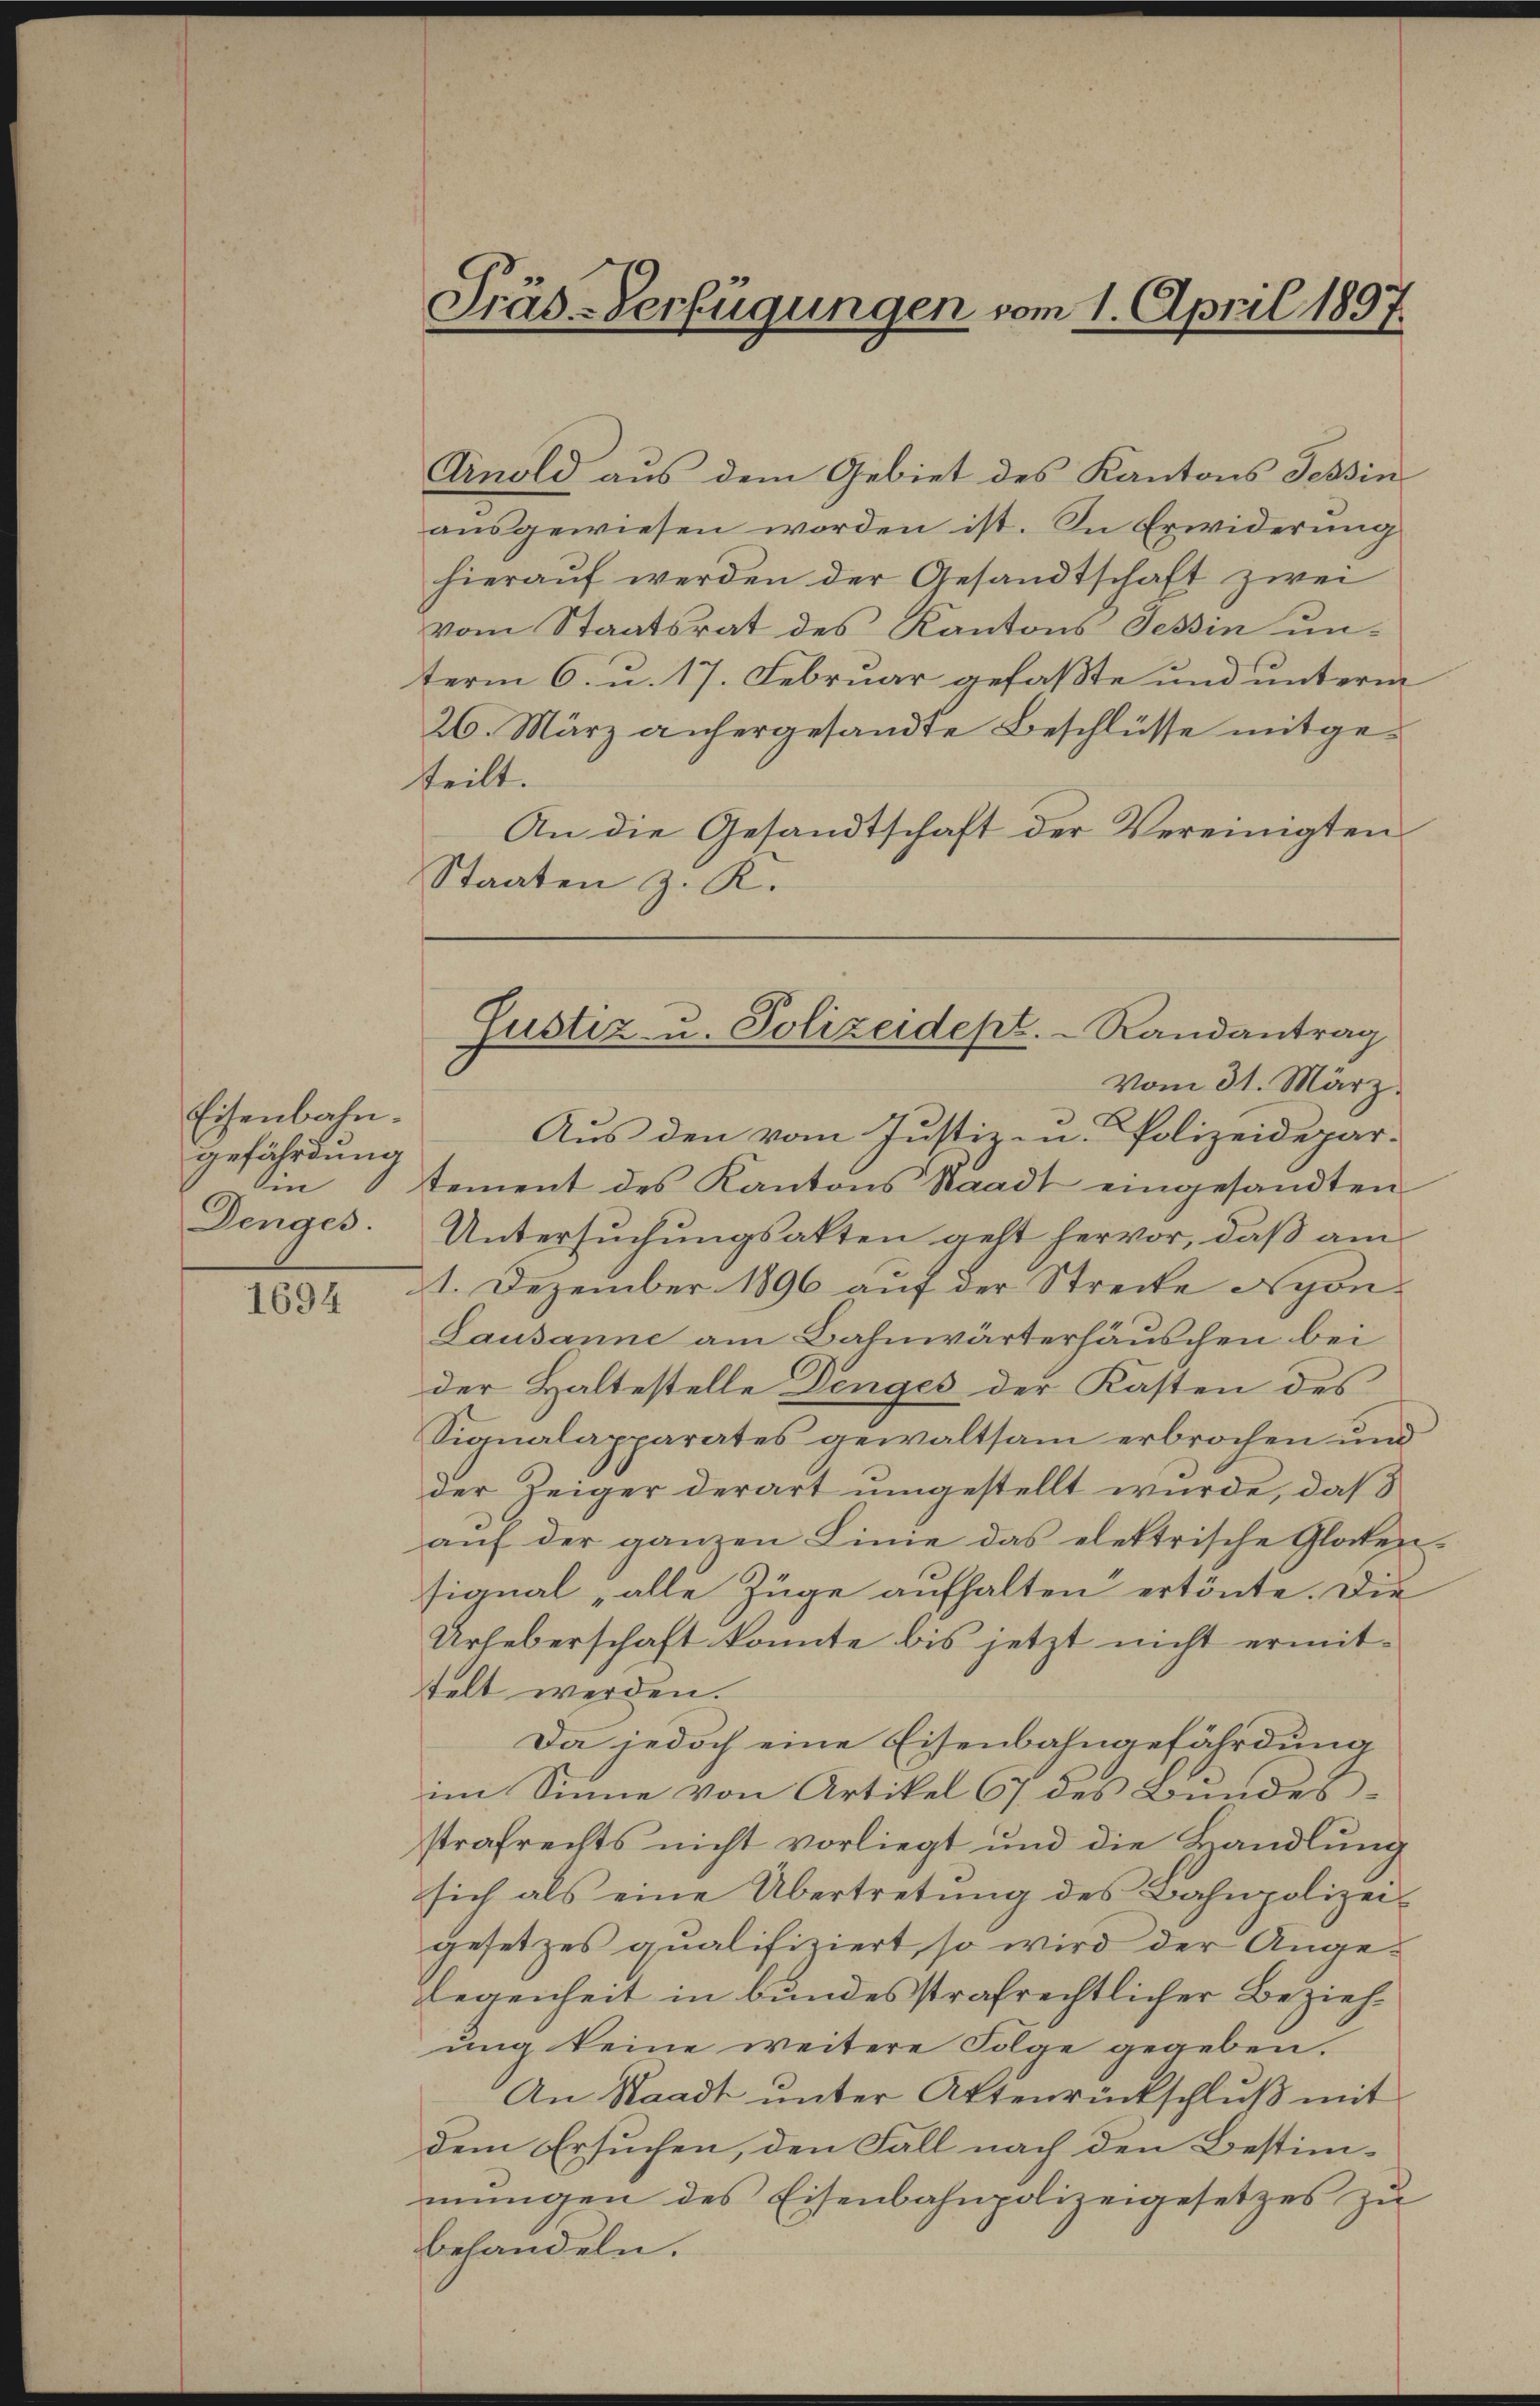
Eisenbahn.
gefährdung
m
Denges.

1694

Präs-Verfügungen vom 1. April 1897.

Anold aus dem Gebiet des Kantons Tessin
ausgewiesen worden ist. In Erwiderung
hierauf werden der Gesandtschaft zwei
vom Staatsrat des Kantons Tessin unterm 6. u. 17. Februar gefaßte und unterm
26. März anhergesandte Beschlüsse mitgeteilt.
An die Gesandtschaft der Vereinigten
Staaten z. K.
Aus den vom Justiz in Polizeidepar-
tement des Kantons Staadt eingesandten
Untersuchungsakten geht hervor, daß am
1. Dezember 1896 auf der Streite Nyon¬
Lausanne am Bahnwärterhäuschen bei
der Haltestelle Denges der Kasten des
Sianalapparates gewaltsam erbrochen und
der Zeiger derart umgestellt wurde, daß
aŭf der ganzen Linie das elektrische Glocken.
signal „alle Züge aufhalten ertönte. Die
Urheberschaft konnte bis jetzt nicht ermit-
telt werden.
Da jedoch eine Eisenbahngefährdung
im Sinne von Artikel 67 des Bundesstrafrechts nicht vorliegt und die Handlung
sich als eine Übertretŭng des Bahnpolizei-
gesetzes qualifiziert, so wird der Angelegenheit in bundesstrafrechtlicher Beziehung keine weitere Folge gegeben.
An Waadt unter Attenrückschluß mit
dem Ersuchen, den Fall nach den Bestimmungen des Eisenbahnpolizeigesetzes zu
behandeln.

Fustiz- u. Polizeidept. Randantrag
vom 31. März.